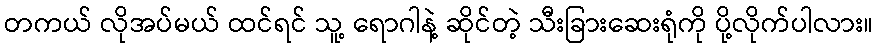
တကယ် လိုအပ်မယ် ထင်ရင် သူ့ ရောဂါနဲ့ ဆိုင်တဲ့ သီးခြားဆေးရုံကို ပို့လိုက်ပါလား။